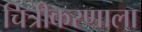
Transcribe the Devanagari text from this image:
चित्रीकरणाला